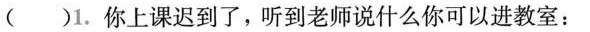
( )1.你上课迟到了,听到老师说什么你可以进教室: